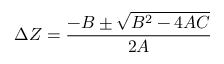
\Delta { Z } = \frac { - B \pm \sqrt { B ^ { 2 } - 4 A C } } { 2 A }